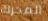
المحرك